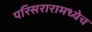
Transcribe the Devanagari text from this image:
परिसरारामध्येच